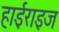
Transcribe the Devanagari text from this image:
हाईराइज